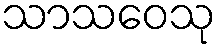
သာသဝေသု